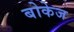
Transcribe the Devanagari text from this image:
बोकेज